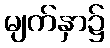
မျက်နှာ၌